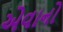
એવાનો